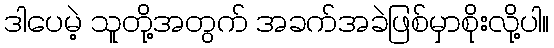
ဒါပေမဲ့ သူတို့အတွက် အခက်အခဲဖြစ်မှာစိုးလို့ပါ။